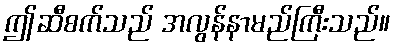
ဤဆီစက်သည် အလွန်နာမည်ကြီးသည်။